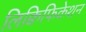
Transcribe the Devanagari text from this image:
लिक्विफिकेशन